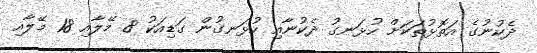
ދެކުނުގެ އަތޮޅުތަކަށް ހުޅަނގު ދެކުނާއި ހުޅަނގުން ގަޑިއަކު 8 މޭލާއި 18 މޭލާއިި